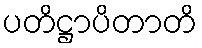
ပတိဋ္ဌာပိတာတိ